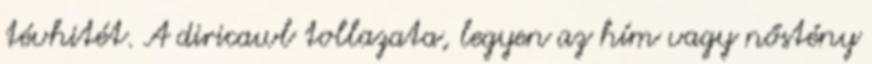
tévhitét. A diricawl tollazata, legyen az hím vagy nőstény